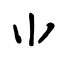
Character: ⺌